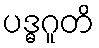
ပဒ္ဓဂူတိ